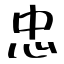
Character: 忠